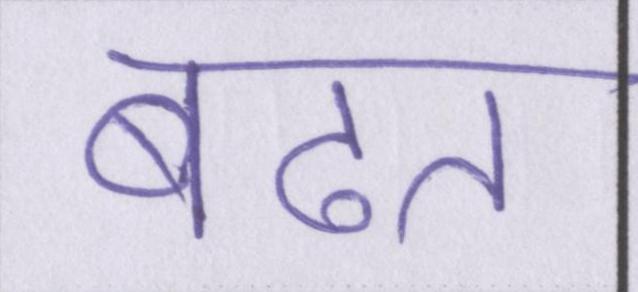
बढत